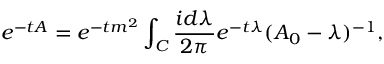
e ^ { - t A } = e ^ { - t m ^ { 2 } } \int _ { C } \frac { i d \lambda } { 2 \pi } e ^ { - t \lambda } ( A _ { 0 } - \lambda ) ^ { - 1 } ,